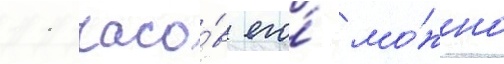
11 часо́в его́ мо́жно